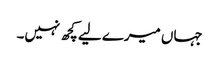
جہاں میرے لیے کچھ نہیں۔